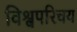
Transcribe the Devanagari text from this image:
विश्वपरिचय